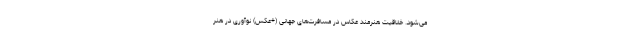
می‌شود. خلاقیت هنرمند عکاس در مسافرت‌های جهانی (+عکس) نوآوری در هنر